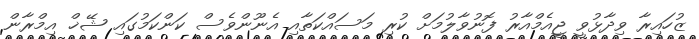
ޒުހައިރާ ވިދާޅުވީ ޖީއެމްއާރު ފޮނުވާލުމަށް ކުރި މަސައްކަތާއި އެނޫންވެސް ކަންކަމުގައި ޝޭޚް އިމްރާން